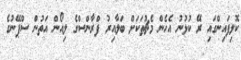
ކޮލިފައިންގައި ރޭ ކުޅުނު އެހެން މެޗުތަކަށް ބަލާއިރު ފްރާންސްގެ ލިއޯން އަތުން ސްޕޭނުގެ